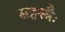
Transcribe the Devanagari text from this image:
सहस्त्रैः